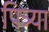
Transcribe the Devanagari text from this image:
पित्र्या